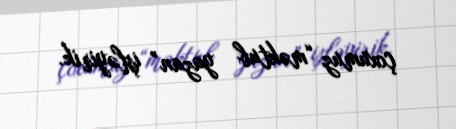
çoxumuz “məktub yazan” işləyirik.